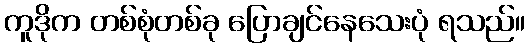
ကူဒိုက တစ်စုံတစ်ခု ပြောချင်နေသေးပုံ ရသည်။